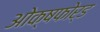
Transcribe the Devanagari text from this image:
ओक्षफोर्ड